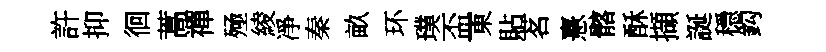
許抑徊蒿禪殛綾凈秦畝环璞盃東貼茗憙髂酥擷誕穩鈎